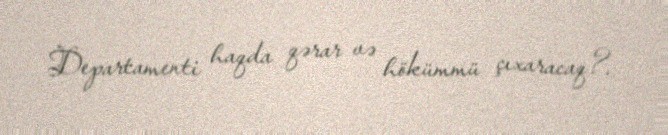
Departamenti haqda qərar və hökümmü çıxaracaq?.